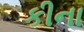
કીના